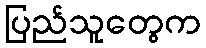
ပြည်သူတွေက